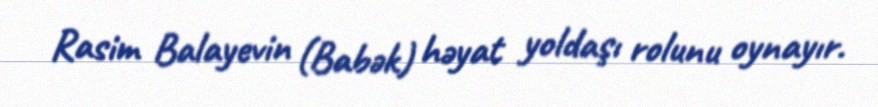
Rasim Balayevin (Babək) həyat yoldaşı rolunu oynayır.